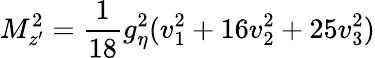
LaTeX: M_{z^{\prime}}^{2}=\frac{1}{18}g_{\eta}^{2}(v_{1}^{2}+16v_{2}^{2}+25v_{3}^{2})